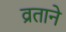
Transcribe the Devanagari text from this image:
व्रताने